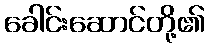
ခေါင်းဆောင်တို့၏